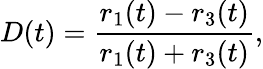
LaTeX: D(t)=\frac{r_{1}(t)-r_{3}(t)}{r_{1}(t)+r_{3}(t)},